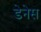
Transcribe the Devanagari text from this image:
डेनेस